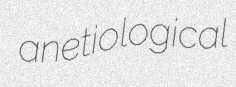
anetiological